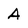
Character: A